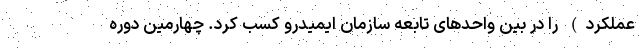
عملکرد) را در بین واحدهای تابعه سازمان ایمیدرو کسب کرد. چهارمین دوره